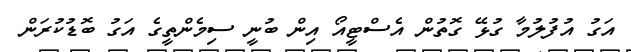
އަގު އުފުލުމާ ގުޅޭ ގޮތުން އެސްޓީއޯ އިން ބުނީ ސިމެންތީގެ އަގު ބޮޑުކުރަން